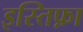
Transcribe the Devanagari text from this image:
इस्तिफ़ा